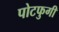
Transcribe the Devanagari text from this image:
पोटफुगी